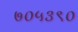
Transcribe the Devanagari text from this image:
७०५३९०